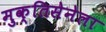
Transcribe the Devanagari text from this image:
मुक्तिसेनेला